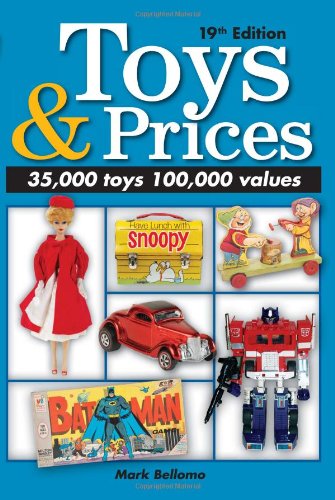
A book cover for Toys & Prices: The World's Best Toys Price Guide (Toys and Prices); Mark Bellomo; Crafts, Hobbies & Home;